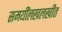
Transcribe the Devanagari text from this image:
समयींलखलखीत